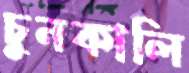
চুনকালি